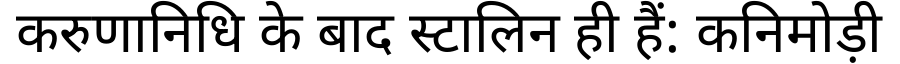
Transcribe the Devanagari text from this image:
करुणानिधि के बाद स्टालिन ही हैं: कनिमोड़ी